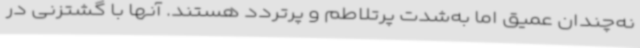
نه‌چندان عمیق اما به‌شدت پرتلاطم و پرتردد هستند. آنها با گشتزنی در